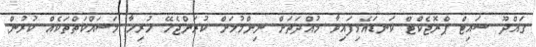
ގައްދޫ ސައިޓް ޕްރޮޖެކްޓް ކަނޑައެޅިފައިވާ މުއްދަތަށް ނިންމުމަށް ކުރަންޖެހޭ ހުރިހާ މަސައްކަތްތަކެއް ކުރުން.